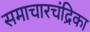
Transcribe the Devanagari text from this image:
समाचारचंद्रिका